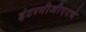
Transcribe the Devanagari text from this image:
इंटरमीजीएटचे